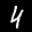
Label: 4